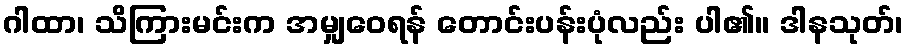
ဂါထာ၊ သိကြားမင်းက အမျှဝေရန် တောင်းပန်းပုံလည်း ပါ၏။ ဒါနသုတ်၊